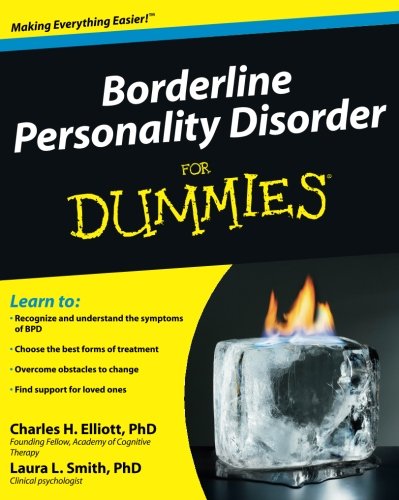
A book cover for Borderline Personality Disorder For Dummies; Charles H. Elliott; Health, Fitness & Dieting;